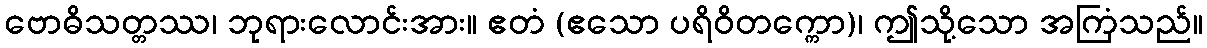
ဗောဓိသတ္တဿ၊ ဘုရားလောင်းအား။ ဧတံ (ဧသော ပရိဝိတက္ကော)၊ ဤသို့သော အကြံသည်။